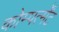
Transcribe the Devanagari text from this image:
कोम्पर्त्मेंट